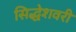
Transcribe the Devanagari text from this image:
सिद्धेशवरी